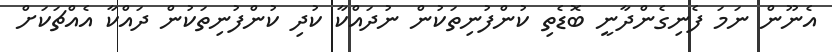
އެނޫން ނަމަ ފެނިގެންދާނީ ބޮޑެތި ކުންފުނިތަކުން ނުދައްކާ ކުދި ކުންފުނިތަކުން ދައްކާ އެއްޗަކަށް